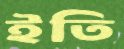
ইতি